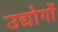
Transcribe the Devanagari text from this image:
उद्योगोंं